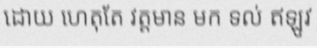
ដោយ ហេតុតែ វត្តមាន មក ទល់ ឥឡូវ